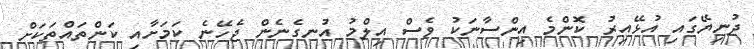
ދުނިޔޭގައި އުޅޭއިރު ކޮންމެ އިންސާނަކު ވެސް އިލްމު އުނގެނެން ޖެހޭނެ ކަމަށާއި ކަންތައްތަކަށް